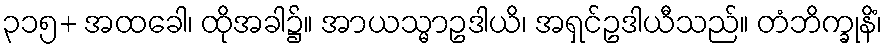
၃၁၅+ အထခေါ၊ ထိုအခါ၌။ အာယသ္မာဥဒါယိ၊ အရှင်ဥဒါယီသည်။ တံဘိက္ခုနိံ၊